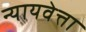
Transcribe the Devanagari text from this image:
न्यायवेत्ता